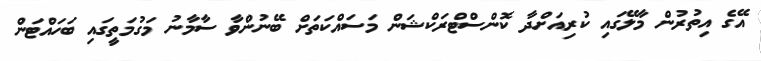
އޭގެ އިތުރުން މާލޭގައި ކުރިއަށްދާ ކޮންސްޓްރަކްޝަން މަސައްކަތަށް ބޭނުންވާ ސާމާނު މަގުމަތީގައި ބަހައްޓަން